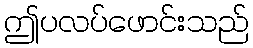
ဤပလပ်ဖောင်းသည်